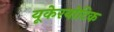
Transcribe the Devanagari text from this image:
यूकेरयोटिक